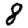
Digit: 8